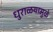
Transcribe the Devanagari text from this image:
धुराळयामुळे